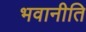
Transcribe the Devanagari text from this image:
भवानीति